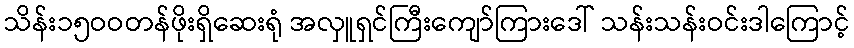
သိန်း၁၅ဝဝတန်ဖိုးရှိဆေးရုံ အလှူရှင်ကြီးကျော်ကြားဒေါ် သန်းသန်းဝင်းဒါကြောင့်